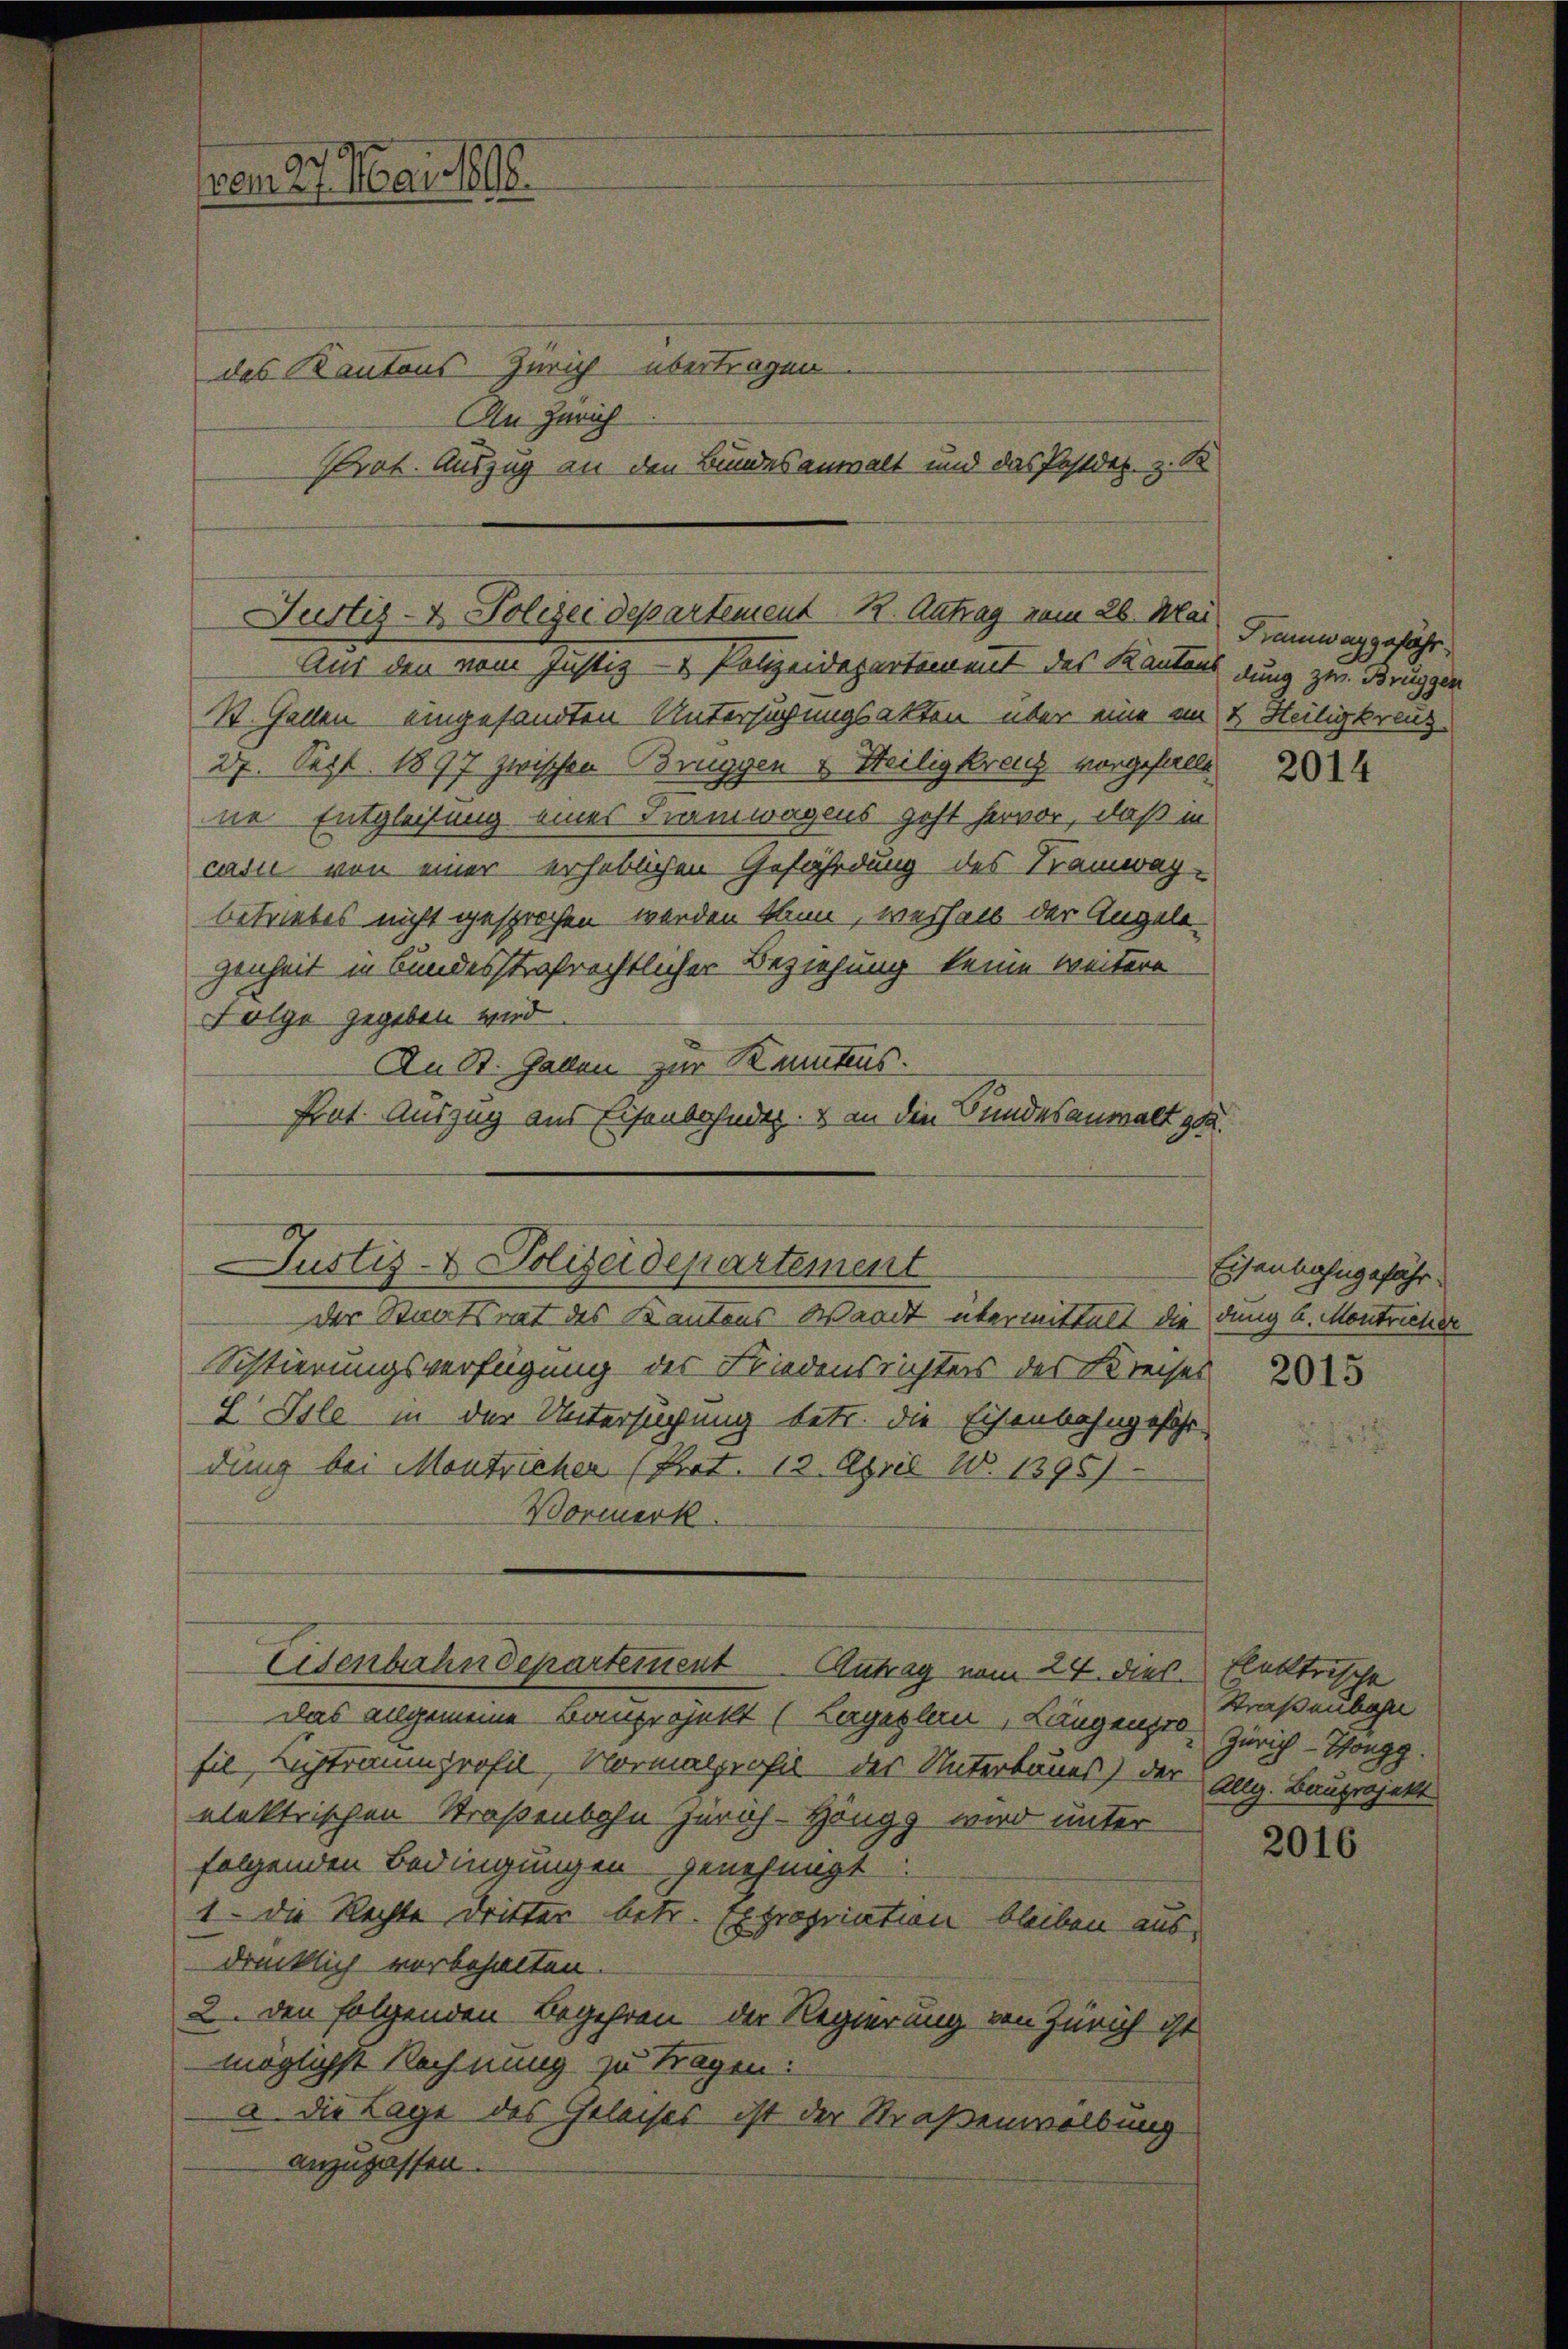
(vom 27. Mai 1816.

Justiz- & Polizei departement. R. Antrag vom 28. Mai
Aus den vom Justiz- & Polizeidepartement des Kantons dung zw. Bruggen

des Kantons Zürich übertragen
An Zürich
Prat. Auszug an den Bundesanwalt und das Postdep. z. B.

St. Gallen eingesandten Untersuchungsakten über eine an
27. Sept. 1897 zwischen Bruggen & Steiligkreuz vorgefallt
ne Entgleitung eines Tramwagens geht hervor, daß in
casi von einer erheblichen Gefährdung des Tramwag-
betriebes nicht gesprochen werden kann, weshalb der Angelegenheit in bundesstrafrechtlicher Beziehung keine weitere
Folge gegeben wird.
Sistierungsverfügung der Friedensrichters des Kreises
L Isle in der Untersuchung betr. die Eisenbahngefähr
dung bei Montricher (Prot. 12. April W. 1395).
Wormerk
Eisenbahndepartement
Antrag vom 24. dies Flektrische
Das allgemeine Bauprojekt (Legesteri, Langensre Zürich - Höngg.
fil, Lichtraumprofil, Normalprofil der Unterbaues) der
elektrischen Straßenbahn Zürch- Höngg wird unter
folgenden Bedingungen genehmigt
1. Die Rechte Dritter betr. Expropriation bleiben aus
drücklich vorbehalten.
2. den folgenden Begehren der Regierung von Zürich ist
möglichst Rechnung zu tragen:
a die Lage des Geleises ist der Straßenwellung
anzupassen.

An St. Gallen zur Kenntnis.
Prat. Auszug aus Eisenbahndig. s an die Sundesanwalt zu.
Justiz- & Polizeidepartement
der Staatsrat des Kantons Waadt übermittelt die dung a. Montricher

Tramway gefähr
& Heiligkreuz

2014

Eisenbahngefähr

2015

Straßenbah
Allg. Bauprojekt

2016